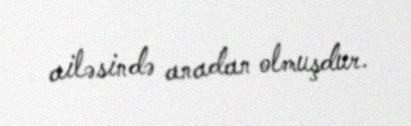
ailəsində anadan olmuşdur.